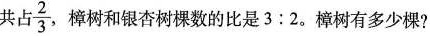
共占\frac{2}{3}，樟树和银杏树棵数的比是$$3:2$$。樟树有多少棵?